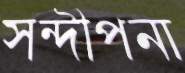
সন্দীপনা